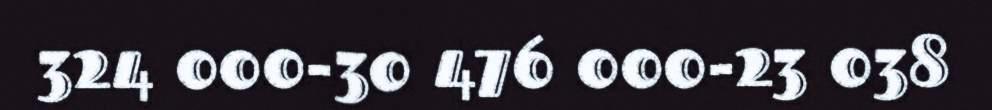
324 000-30 476 000-23 038